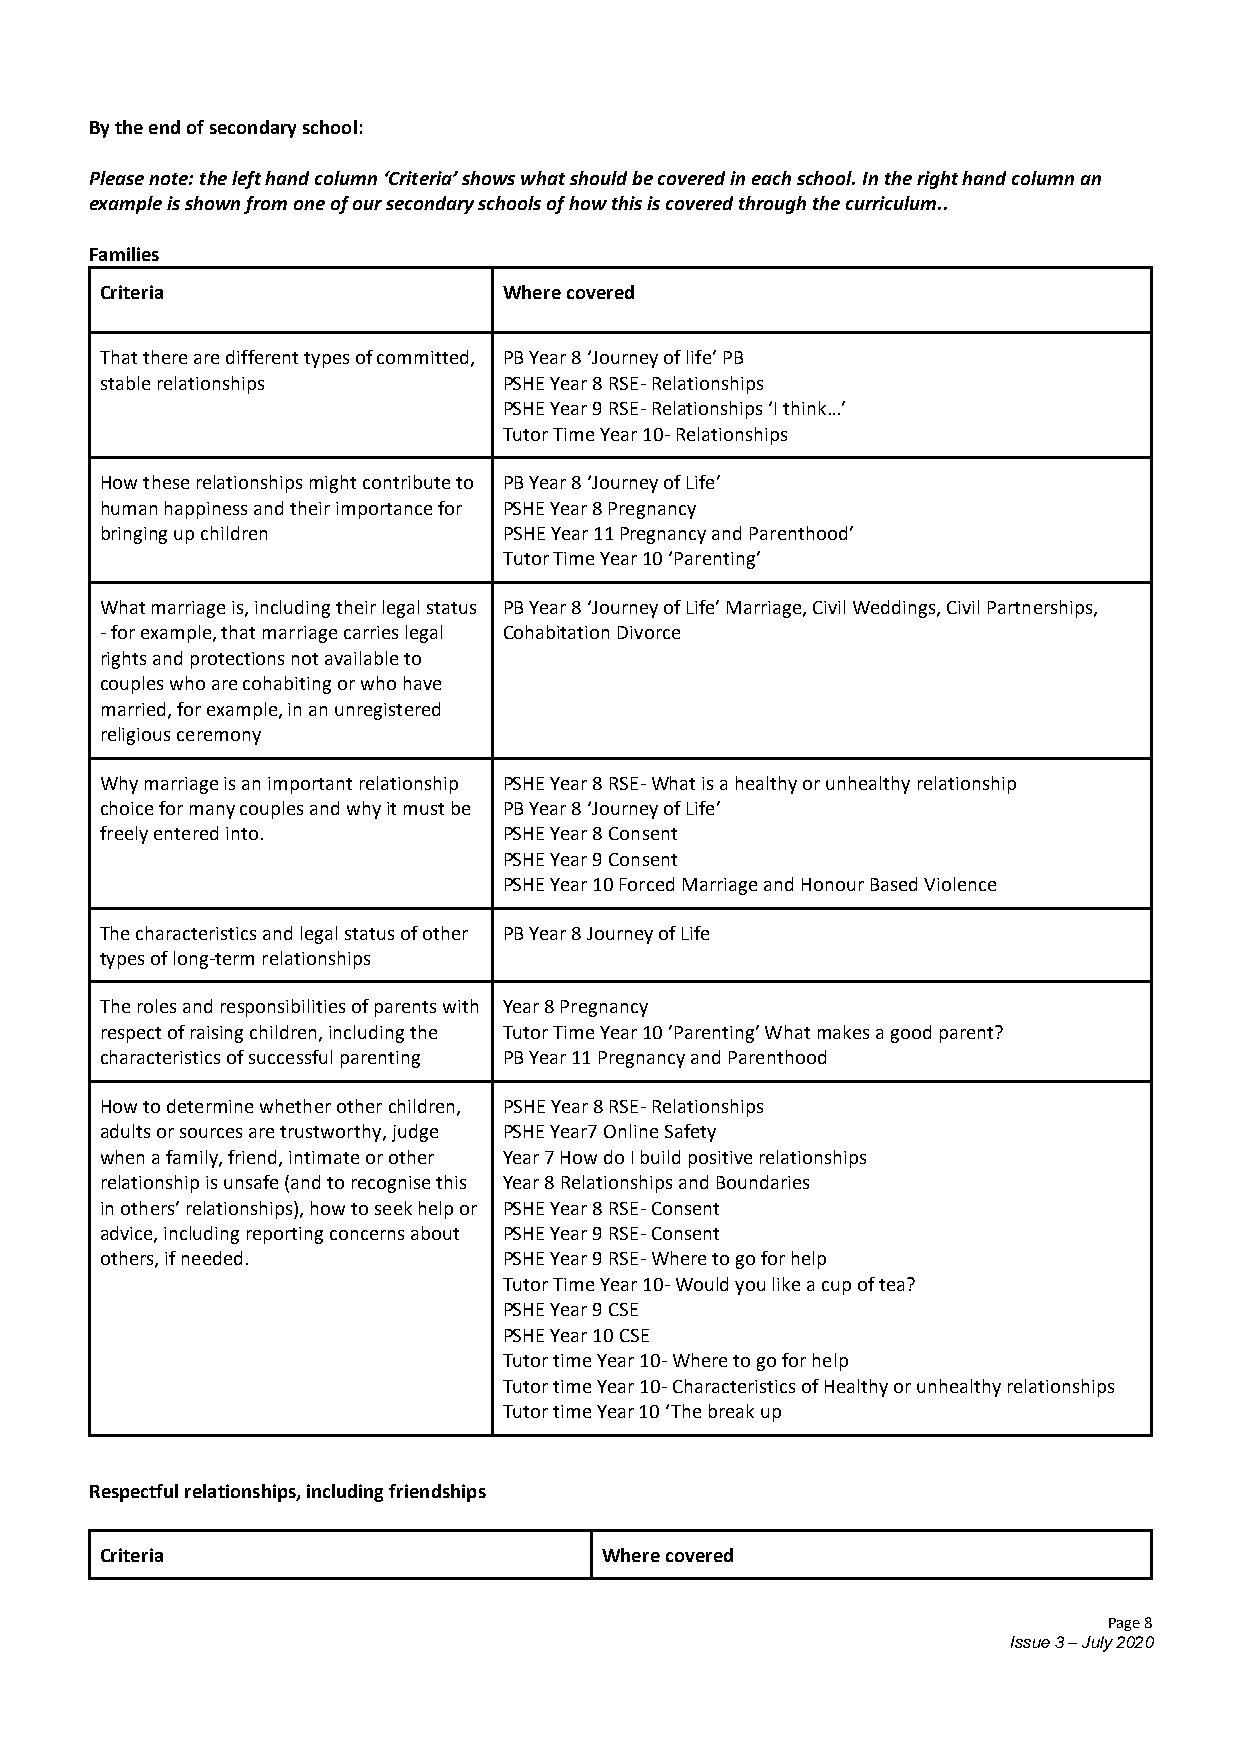
By the end of secondary school:
 Please note: the left hand column ‘Criteria’ shows what should be covered in each school. In the right hand column an
 example is shown from one of our secondary schools of how this is covered through the curriculum..
 Families
 Criteria                  Where covered
 That there are different types of committed, PB Year 8 ‘Journey of life’ PB
 stable relationships      PSHE Year 8 RSE- Relationships
 PSHE Year 9 RSE- Relationships ‘I think…’
 Tutor Time Year 10- Relationships
 How these relationships might contribute to PB Year 8 ‘Journey of Life’
 human happiness and their importance for PSHE Year 8 Pregnancy
 bringing up children      PSHE Year 11 Pregnancy and Parenthood’
 Tutor Time Year 10 ‘Parenting’
 What marriage is, including their legal status PB Year 8 ‘Journey of Life’ Marriage, Civil Weddings, Civil Partnerships,
 - for example, that marriage carries legal Cohabitation Divorce
 rights and protections not available to
 couples who are cohabiting or who have
 married, for example, in an unregistered
 religious ceremony
 Why marriage is an important relationship PSHE Year 8 RSE- What is a healthy or unhealthy relationship
 choice for many couples and why it must be PB Year 8 ‘Journey of Life’
 freely entered into.      PSHE Year 8 Consent
 PSHE Year 9 Consent
 PSHE Year 10 Forced Marriage and Honour Based Violence
 The characteristics and legal status of other PB Year 8 Journey of Life
 types of long-term relationships
 The roles and responsibilities of parents with Year 8 Pregnancy
 respect of raising children, including the Tutor Time Year 10 ’Parenting’ What makes a good parent?
 characteristics of successful parenting PB Year 11 Pregnancy and Parenthood
 How to determine whether other children, PSHE Year 8 RSE- Relationships
 adults or sources are trustworthy, judge PSHE Year7 Online Safety
 when a family, friend, intimate or other Year 7 How do I build positive relationships
 relationship is unsafe (and to recognise this Year 8 Relationships and Boundaries
 in others’ relationships), how to seek help or PSHE Year 8 RSE- Consent
 advice, including reporting concerns about PSHE Year 9 RSE- Consent
 others, if needed.        PSHE Year 9 RSE- Where to go for help
 Tutor Time Year 10- Would you like a cup of tea?
 PSHE Year 9 CSE
 PSHE Year 10 CSE
 Tutor time Year 10- Where to go for help
 Tutor time Year 10- Characteristics of Healthy or unhealthy relationships
 Tutor time Year 10 ‘The break up
 Respectful relationships, including friendships
 Criteria                         Where covered
 Page 8
 Issue 3 – July 2020